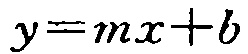
\(y=mx + b\)